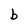
Character: b